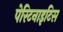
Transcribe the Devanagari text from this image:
पेरिटनाइटिस